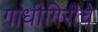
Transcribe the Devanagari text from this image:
गांधीगिरीचे